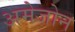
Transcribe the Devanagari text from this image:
अमेजोन